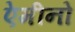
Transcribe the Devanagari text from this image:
ऐमीनो